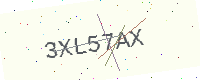
Text: 3XL57AX